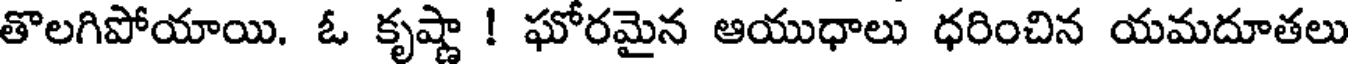
తొలగిపోయాయి. ఓ కృష్ణా ! ఘోరమైన ఆయుధాలు ధరించిన యమదూతలు